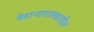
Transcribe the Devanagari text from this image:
वेदान्तशास्त्रातील